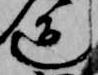
道